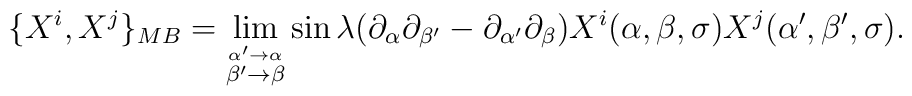
\{X^{i},X^{j}\}_{MB}=\lim\limits_{\stackrel{\alpha^\prime\to\alpha}{\beta^\prime\to\beta}}\sin\lambda(\partial_{\alpha}\partial_{\beta^\prime}-\partial_{\alpha^\prime}\partial_{\beta})X^{i}(\alpha,\beta,\sigma)X^{j}(\alpha^\prime,\beta^\prime,\sigma)  .